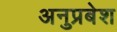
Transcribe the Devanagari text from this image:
अनुप्रबेश